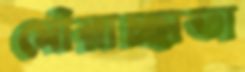
মৌরাচ্ছাতা